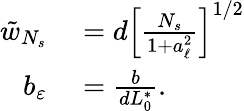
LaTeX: \begin{array}{rl}{\tilde{w}_{N_{s}}}&{{}=d\left[\frac{N_{s}}{1+a_{\ell}^{2}}\right]^{1/2}}\\ {b_{\varepsilon}}&{{}=\frac{b}{dL_{0}^{\ast}}.}\end{array}